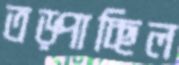
তড়্‌পাচ্ছিল